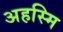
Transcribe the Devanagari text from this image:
अहस्मि